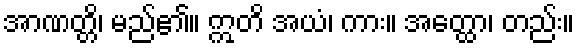
အာဏတ္တိ၊ မည်၏။ ဣတိ အယံ၊ ကား။ အတ္ထော၊ တည်း။